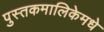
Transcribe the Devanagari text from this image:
पुस्तकमालिकेमधे